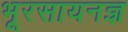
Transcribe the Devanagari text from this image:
भूरसायनज्ञ